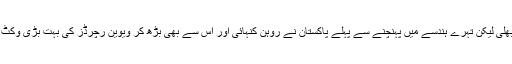
اننگز کچھ سنبھلی لیکن تہرے ہندسے میں پہنچنے سے پہلے پاکستان نے روہن کنہائی اور اس سے بھی بڑھ کر ویوین رچرڈز کی بہت بڑی وکٹ حاصل کرلی۔